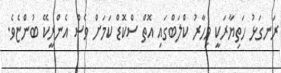
ރަނގަޅު ހަތިޔާރަކީ މިހާރު ކްލަބްގައި އޮތް ސްކޮޑް ކަމަށް ވެސް އެންރީކޭ ބުންޏެވެ.